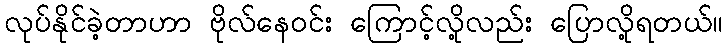
လုပ်နိုင်ခဲ့တာဟာ ဗိုလ်နေဝင်း ကြောင့်လို့လည်း ပြောလို့ရတယ်။